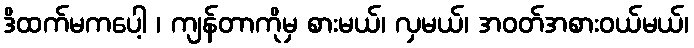
ဒိထက်မကပေါ့ ၊ ကျန်တာကိုမှ စားမယ်၊ လှမယ်၊ အဝတ်အစားဝယ်မယ်၊